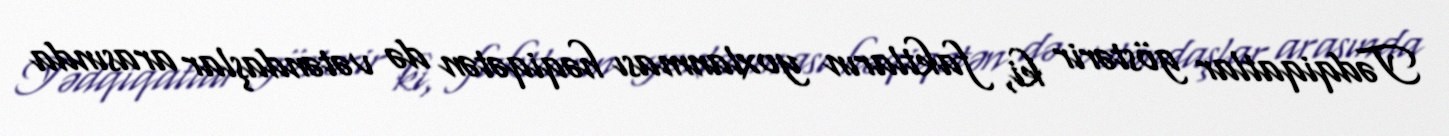
Tədqiqatlar göstərir ki, faktların yoxlanması həqiqətən də vətəndaşlar arasında